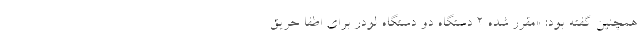
همچنین گفته بود: «مقرر شده ۲ دستگاه دو دستگاه لودر برای اطفا حریق